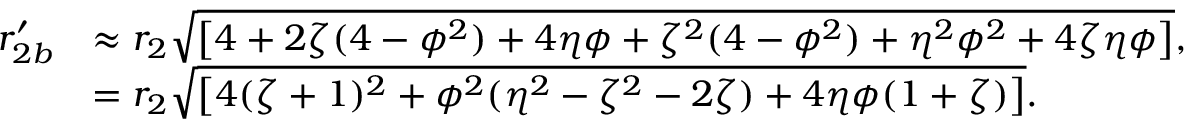
\begin{array} { r l } { r _ { 2 b } ^ { \prime } } & { \approx r _ { 2 } \sqrt { \left[ 4 + 2 \zeta ( 4 - \phi ^ { 2 } ) + 4 \eta \phi + \zeta ^ { 2 } ( 4 - \phi ^ { 2 } ) + \eta ^ { 2 } \phi ^ { 2 } + 4 \zeta \eta \phi \right] } , } \\ & { = r _ { 2 } \sqrt { \left[ 4 ( \zeta + 1 ) ^ { 2 } + \phi ^ { 2 } ( \eta ^ { 2 } - \zeta ^ { 2 } - 2 \zeta ) + 4 \eta \phi ( 1 + \zeta ) \right] } . } \end{array}